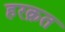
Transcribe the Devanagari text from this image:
हरक़त